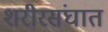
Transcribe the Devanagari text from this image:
शरीरसंघात